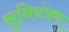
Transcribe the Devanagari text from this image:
सुनियंत्रण